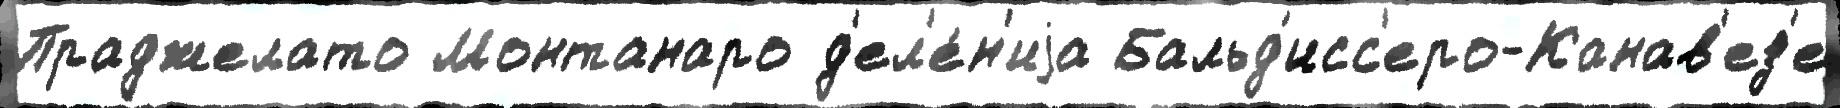
Праджелато Монтанаро д'ел'е́н'иjа Бальд'исс'еро-Канав'ез'е